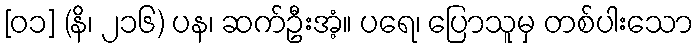
[၀၁] (နိ၊ ၂၁၆) ပန၊ ဆက်ဦးအံ့။ ပရေ၊ ပြောသူမှ တစ်ပါးသော